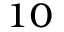
_ { 1 0 }